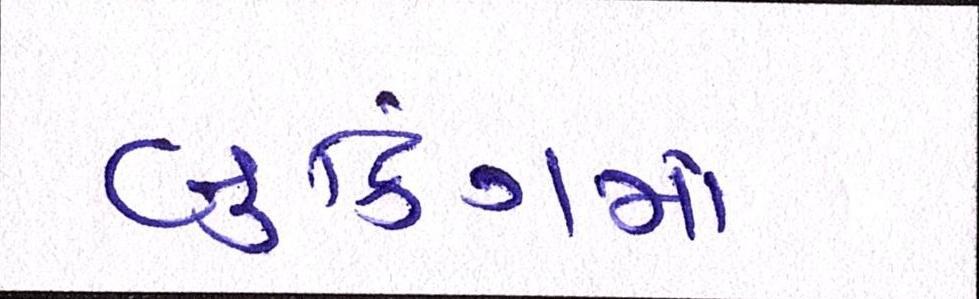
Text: બુકિંગમાં